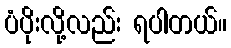
ပံပိုးလို့လည်း ရပါတယ်။